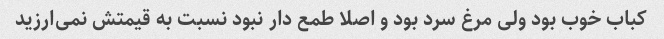
کباب خوب بود ولی مرغ سرد بود و اصلا طمع دار نبود نسبت به قیمتش نمی‌ارزید